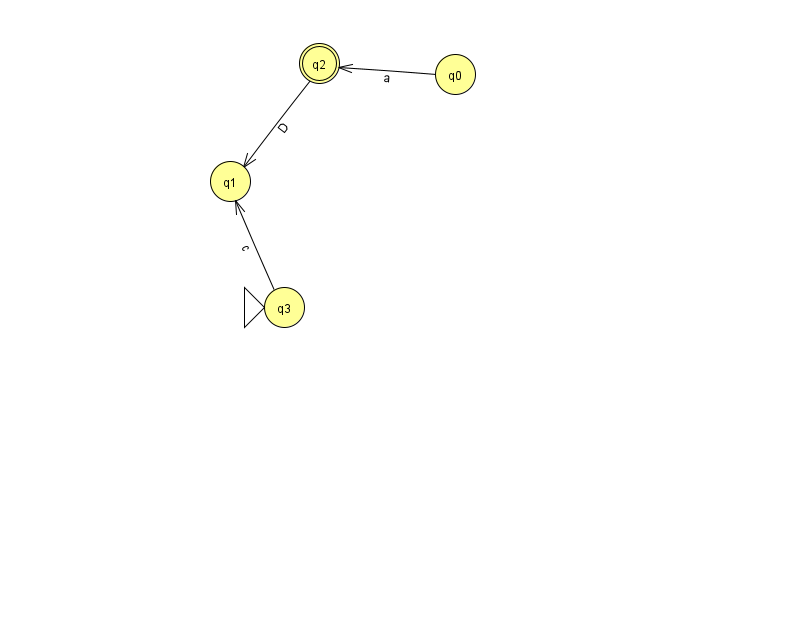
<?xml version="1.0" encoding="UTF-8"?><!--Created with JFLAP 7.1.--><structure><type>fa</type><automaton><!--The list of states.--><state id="0" name="q0"><x>455.0</x><y>61.0</y></state><state id="1" name="q1"><x>230.0</x><y>168.0</y></state><state id="2" name="q2"><x>319.0</x><y>50.0</y><final/></state><state id="3" name="q3"><x>284.0</x><y>294.0</y><initial/></state><!--The list of transitions.--><transition><from>2</from><to>1</to><read>D</read></transition><transition><from>3</from><to>1</to><read>c</read></transition><transition><from>0</from><to>2</to><read>a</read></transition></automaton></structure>